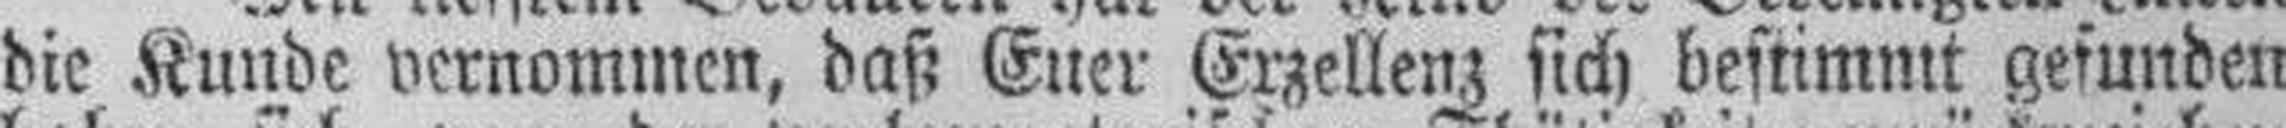
die Kunde vernommen, daß Euer Exzellenz sich bestimmt gefunden